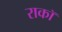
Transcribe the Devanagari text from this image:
राकॉ